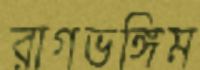
রাগভঙ্গিম